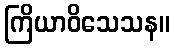
ကြိယာဝိသေသန။